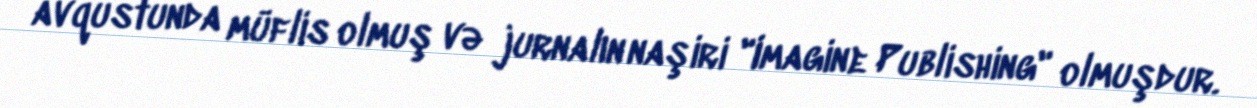
avqustunda müflis olmuş və jurnalın naşiri "Imagine Publishing" olmuşdur.